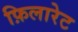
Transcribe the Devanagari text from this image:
फ़िलारेट